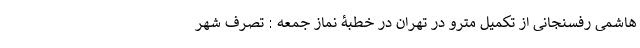
هاشمی رفسنجانی از تکمیل مترو در تهران در خطبۀ نماز جمعه : تصرف شهر